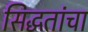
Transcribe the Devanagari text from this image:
सिद्धतांचा